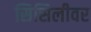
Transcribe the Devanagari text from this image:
सिसिलीवर